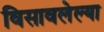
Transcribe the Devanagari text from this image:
विसावलेल्या